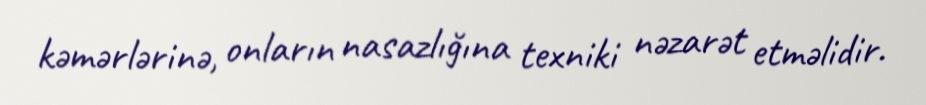
kəmərlərinə, onların nasazlığına texniki nəzarət etməlidir.